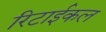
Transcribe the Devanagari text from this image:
रिटाईकल